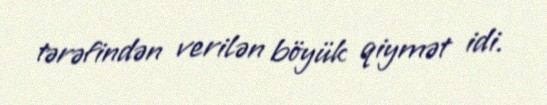
tərəfindən verilən böyük qiymət idi.